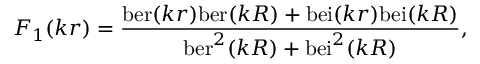
F _ { 1 } ( k r ) = { \frac { \mathrm { b e r } ( k r ) \mathrm { b e r } ( k R ) + \mathrm { b e i } ( k r ) \mathrm { b e i } ( k R ) } { \mathrm { b e r } ^ { 2 } ( k R ) + \mathrm { b e i } ^ { 2 } ( k R ) } } ,